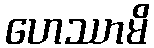
ဟေဿာမိ